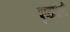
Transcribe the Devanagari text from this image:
पृष्ठाधरी